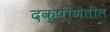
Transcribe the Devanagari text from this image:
दक्षीणेतील